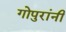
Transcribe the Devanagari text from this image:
गोपुरांनी